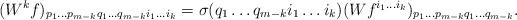
LaTeX: \begin{align*}(W^k f)_{p_1 \dots p_{m-k} q_1 \dots q_{m-k} i_1 \dots i_k} = \sigma(q_1 \dots q_{m-k} i_1 \dots i_k) (Wf^{i_1 \dots i_k})_{p_1 \dots p_{m-k} q_1 \dots q_{m-k}}.\end{align*}